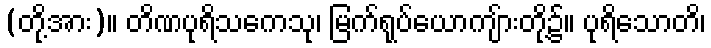
(တို့အား)။ တိဏပုရိသကေသု၊ မြက်ရုပ်ယောကျ်ားတို့၌။ ပုရိသောတိ၊